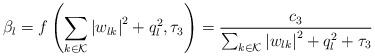
LaTeX: \begin{align*}\beta_l = f\left(\sum_{k \in \mathcal{K}} \left\vert w_{lk} \right\vert^{2} + q_l^2 , \tau_3\right) = \frac{c_3}{\sum_{k \in \mathcal{K}} \left\vert w_{lk} \right\vert^{2} + q_l^2 + \tau_3}\end{align*}